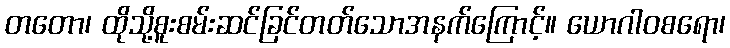
တတော၊ ထိုသို့စူးစမ်းဆင်ခြင်တတ်သောအနက်ကြောင့်။ ယောဂါဝစရော၊